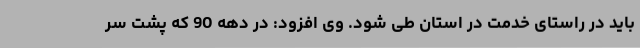
باید در راستای خدمت در استان طی شود. وی افزود: در دهه 90 که پشت سر